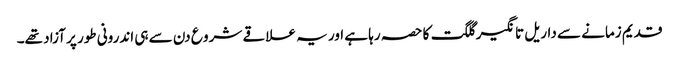
قدیم زمانے سے داریل تانگیر گلگت کا حصہ رہا ہے اور یہ علاقے شرو ع دن سے ہی اندرونی طور پر آزاد تھے۔